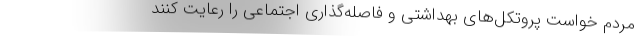
مردم خواست پروتکل‌های بهداشتی و فاصله‌گذاری اجتماعی را رعایت کنند